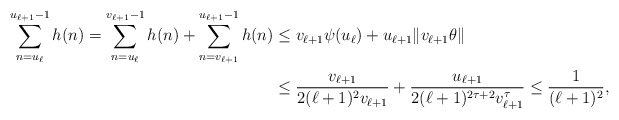
\begin{align*}\sum_{n=u_{\ell}}^{u_{\ell+1}-1} h(n) =\sum_{n=u_{\ell}}^{v_{\ell+1}-1} h(n)+ \sum_{n=v_{\ell+1}}^{u_{\ell+1}-1} h(n)&\leq v_{\ell+1} \psi(u_\ell) + u_{\ell+1} \|v_{\ell+1} \theta \| \\&\leq \frac{v_{\ell+1}}{2(\ell+1)^2v_{\ell+1}} +\frac{u_{\ell+1}}{2(\ell+1)^{2\tau+2}v_{\ell+1}^{\tau}}\leq\frac{1}{(\ell+1)^2},\end{align*}